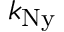
k _ { \mathrm { N y } }